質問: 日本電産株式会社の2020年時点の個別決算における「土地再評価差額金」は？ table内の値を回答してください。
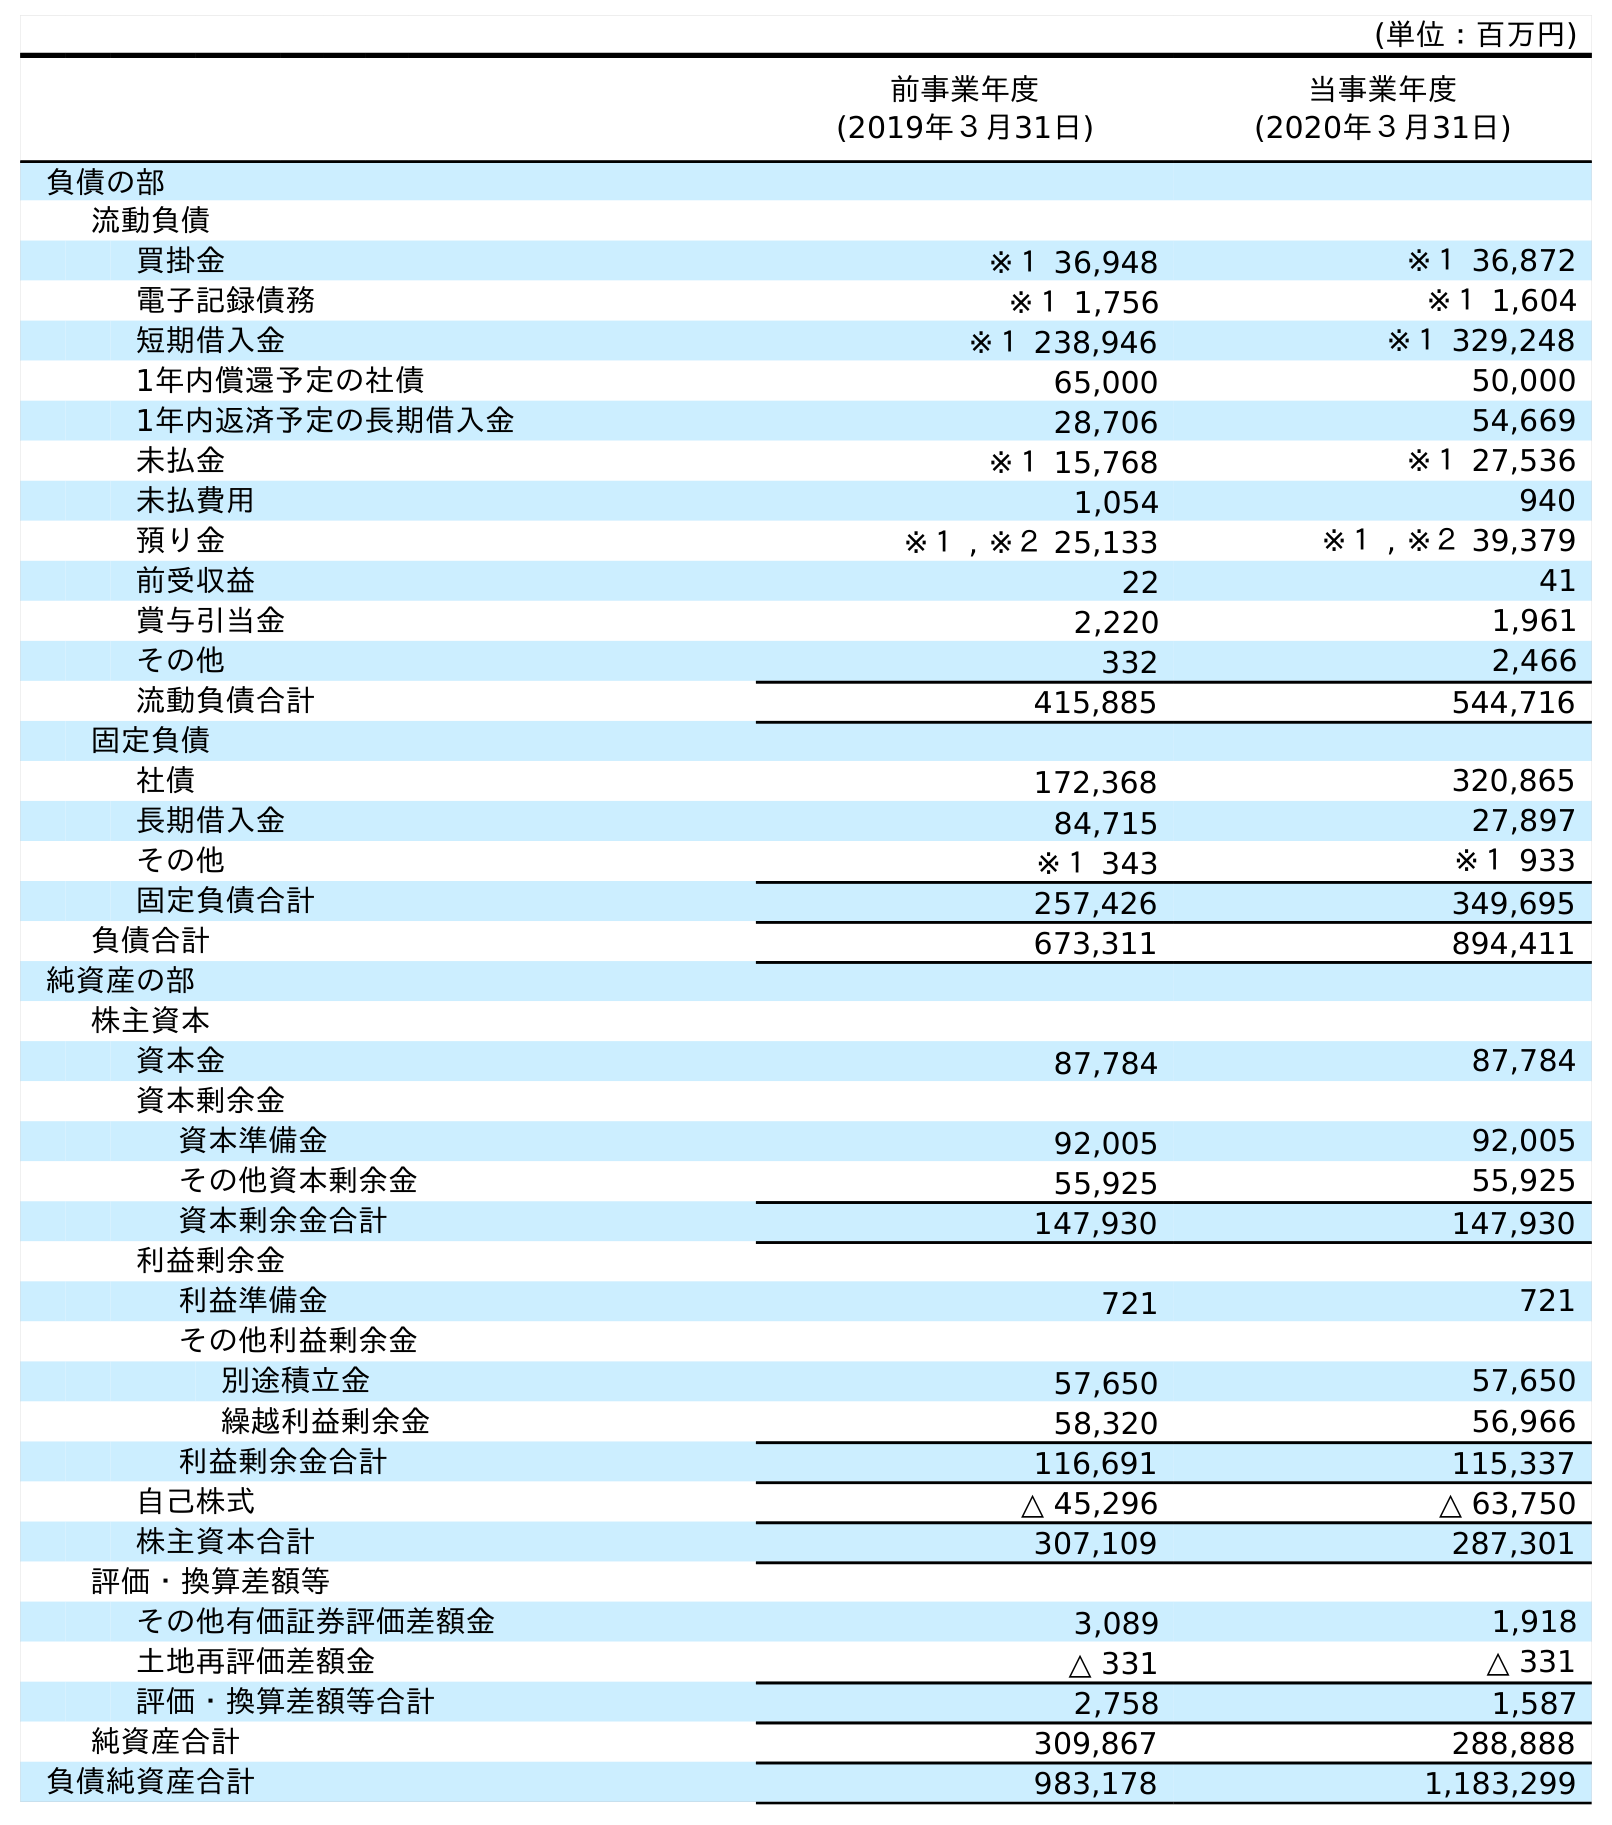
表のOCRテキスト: (単位：百万円) 前事業年度 (2019年３月31日) 当事業年度 (2020年３月31日) 負債の部 流動負債 買掛金 ※１ 36,948 ※１ 36,872 電子記録債務 ※１ 1,756 ※１ 1,604 短期借入金 ※１ 238,946 ※１ 329,248 1年内償還予定の社債 65,000 50,000 1年内返済予定の長期借入金 28,706 54,669 未払金 ※１ 15,768 ※１ 27,536 未払費用 1,054 940 預り金 ※１ , ※２ 25,133 ※１ , ※２ 39,379 前受収益 22 41 賞与引当金 2,220 1,961 その他 332 2,466 流動負債合計 415,885 544,716 固定負債 社債 172,368 320,865 長期借入金 84,715 27,897 その他 ※１ 343 ※１ 933 固定負債合計 257,426 349,695 負債合計 673,311 894,411 純資産の部 株主資本 資本金 87,784 87,784 資本剰余金 資本準備金 92,005 92,005 その他資本剰余金 55,925 55,925 資本剰余金合計 147,930 147,930 利益剰余金 利益準備金 721 721 その他利益剰余金 別途積立金 57,650 57,650 繰越利益剰余金 58,320 56,966 利益剰余金合計 116,691 115,337 自己株式 △ 45,296 △ 63,750 株主資本合計 307,109 287,301 評価・換算差額等 その他有価証券評価差額金 3,089 1,918 土地再評価差額金 △ 331 △ 331 評価・換算差額等合計 2,758 1,587 純資産合計 309,867 288,888 負債純資産合計 983,178 1,183,299
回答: △331